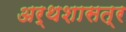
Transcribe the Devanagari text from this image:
अर्थशासत्र